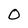
Character: O